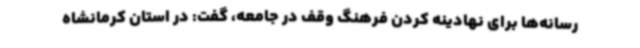
رسانه‌ها برای نهادینه کردن فرهنگ وقف در جامعه، گفت: در استان کرمانشاه